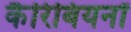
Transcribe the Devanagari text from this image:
कैरिबियनों